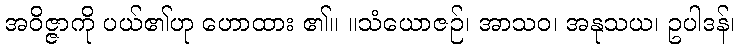
အဝိဇ္ဇာကို ပယ်၏ဟု ဟောထား ၏။ ။သံယောဇဉ်၊ အာသဝ၊ အနုသယ၊ ဥပါဒန်၊